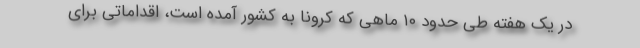
در یک هفته طی حدود ۱۰ ماهی که کرونا به کشور آمده است، اقداماتی برای